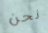
نحن